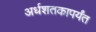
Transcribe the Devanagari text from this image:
अर्धशतकापर्यंत